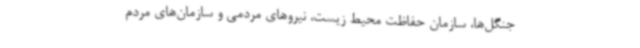
جنگل‌ها، سازمان‌ حفاظت ‌محیط زیست، نیروهای مردمی و سازمان‌های مردم